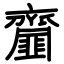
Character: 齏